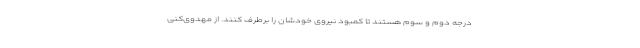
درجه دوم و سوم هستند تا کمبود نیروی خودشان را برطرف کنند. از مهدوی‌کنی